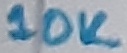
Text: 10K